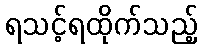
ရသင့်ရထိုက်သည့်